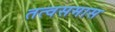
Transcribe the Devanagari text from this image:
तत्वसमास